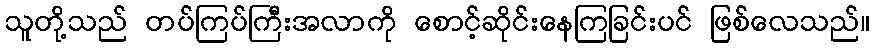
သူတို့သည် တပ်ကြပ်ကြီးအလာကို စောင့်ဆိုင်းနေကြခြင်းပင် ဖြစ်လေသည်။